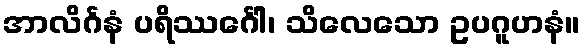
အာလိင်္ဂနံ ပရိဿင်္ဂေါ၊ သိလေသော ဥပဂူဟနံ။